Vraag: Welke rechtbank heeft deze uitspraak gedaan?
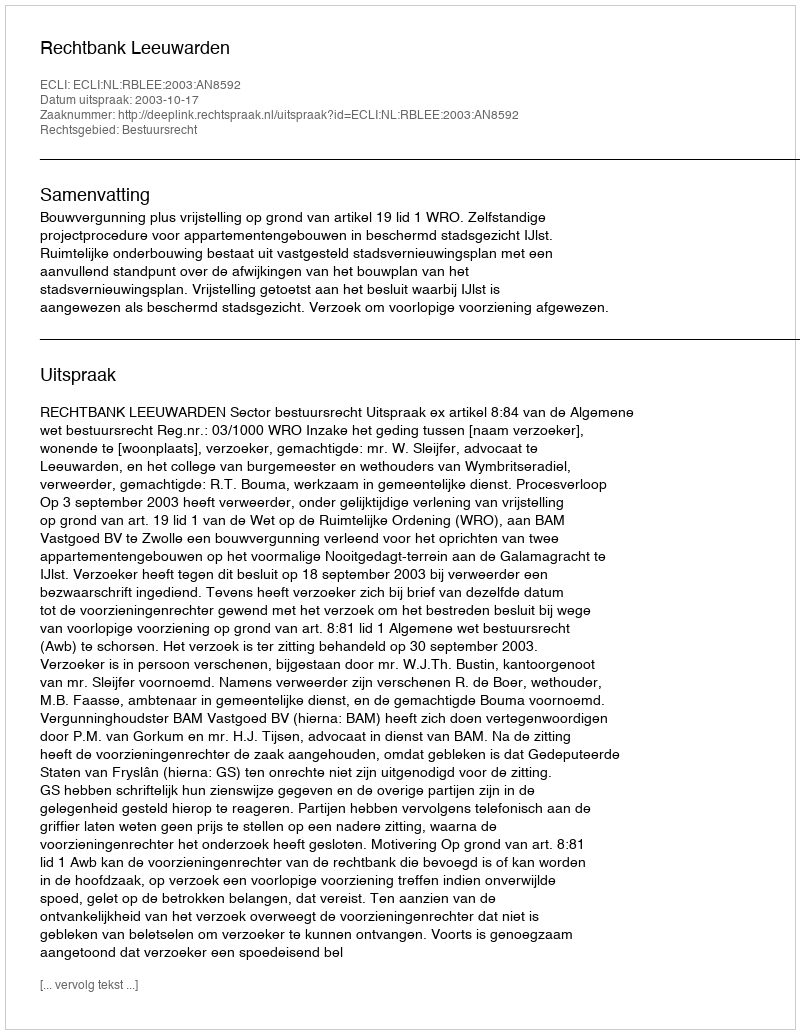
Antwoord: Rechtbank Leeuwarden